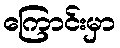
ကြောင်းမှာ